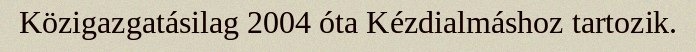
Közigazgatásilag 2004 óta Kézdialmáshoz tartozik.